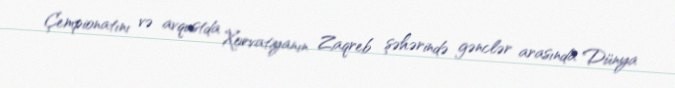
Çempionatını və avqustda Xorvatiyanın Zaqreb şəhərində gənclər arasında Dünya